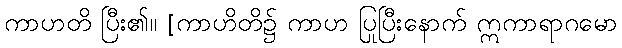
ကာဟတိ ပြီး၏။ [ကာဟိတိ၌ ကာဟ ပြုပြီးနောက် ဣကာရာဂမော